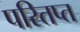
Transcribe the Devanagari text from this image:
परितप्त